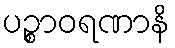
ပဉ္စာဝရဏာနိ